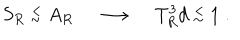
S _ { R } \stackrel { < } { _ \sim } A _ { R } \; \longrightarrow \; T _ { R } ^ { 3 } d \stackrel { < } { _ \sim } 1 \; .